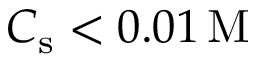
C _ { \mathrm { s } } < 0 . 0 1 \, \mathrm { M }